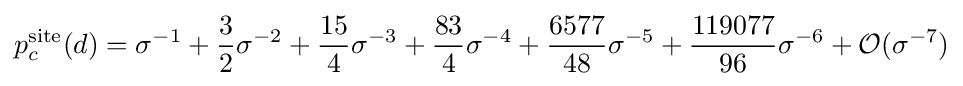
p_{c}^{\mathrm {site} }(d)=\sigma ^{-1}+{\frac {3}{2}}\sigma ^{-2}+{\frac {15}{4}}\sigma ^{-3}+{\frac {83}{4}}\sigma ^{-4}+{\frac {6577}{48}}\sigma ^{-5}+{\frac {119077}{96}}\sigma ^{-6}+{\mathcal {O}}(\sigma ^{-7})